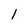
Character: 1